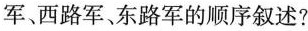
军、西路军、东路军的顺序叙述?